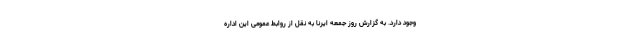
وجود دارد. به گزارش روز جمعه ایرنا به نقل از روابط عمومی این اداره